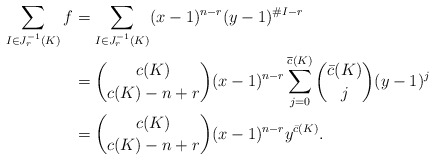
\begin{align*}\sum_{I \in J_r^{-1}(K)} f &= \sum_{I \in J_r^{-1}(K)} (x-1)^{n-r}(y-1)^{\#I-r}\\ &= {c(K) \choose c(K)-n+r} (x-1)^{n-r} \sum_{j=0}^{\overline{c}(K)} {\bar{c}(K) \choose j} (y-1)^j\\ &= {c(K) \choose c(K)-n+r} (x-1)^{n-r} y^{\bar{c}(K)}.\end{align*}